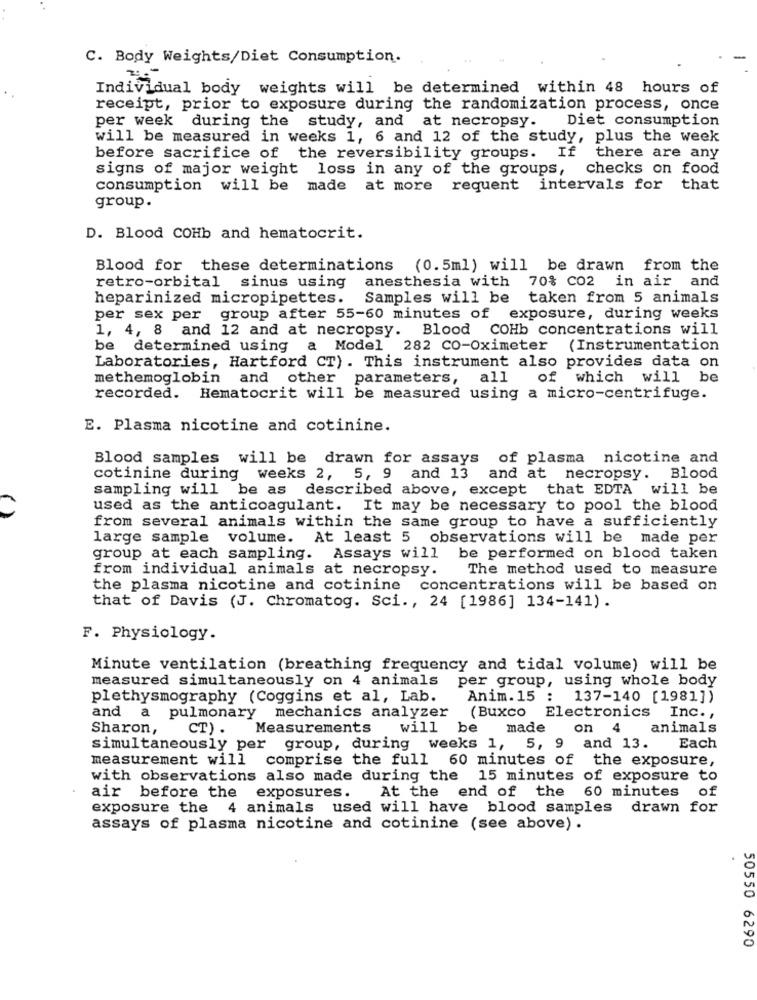
C. Body Weights/Diet Consumption.
Individual body weights will be determined within 48 hours of
receipt, prior to exposure during the randomization process, once
per week during the study, and at necropsy.
Diet consumption
will be measured in weeks 1, 6 and 12 of the study, plus the week
before sacrifice of the reversibility groups. If there are any
signs of major weight loss in any of the groups, checks on food
consumption will be made at more requent intervals for that
group.
D. Blood COHb and hematocrit.
Blood for these determinations (0.5ml) will be drawn from the
anesthesia with 70% Co2 in air and
retro-orbital sinus using
heparinized micropipettes.
Samples will be taken from 5 animals
per sex per group after 55-60 minutes of exposure, during weeks
1, 4, 8 and 12 and at necropsy.
Blood COHb concentrations will
be determined using a Model 282 CO-Oximeter (Instrumentation
Laboratories, Hartford CT) . This instrument also provides data on
methemoglobin and other parameters,
all
of which will be
recorded. Hematocrit will be measured using a micro-centrifuge.
E. Plasma nicotine and cotinine.
Blood samples will be drawn for assays of plasma nicotine and
cotinine during
weeks 2,
5, 9 and 13
and at necropsy.
Blood
sampling will be as described above, except that EDTA
will be
used as the anticoagulant.
It may be necessary to pool the blood
from several animals within the same group to have a sufficiently
large sample volume. At least 5 observations will be made per
group at each sampling. Assays will be performed on blood taken
from individual animals at necropsy.
The method used to measure
the plasma nicotine and cotinine
concentrations will be based on
that of Davis (J. Chromatog. Sci ., 24 [1986] 134-141).
F. Physiology.
Minute ventilation (breathing frequency and tidal volume) will be
measured simultaneously on 4 animals per group, using whole body
plethysmography (Coggins et al, Lab.
Anim. 15 : 137-140 [1981])
and a pulmonary mechanics analyzer
(Buxco Electronics Inc .,
Sharon,
CT).
Measurements will be
made on 4 animals
simultaneously per group, during weeks 1, 5, 9 and 13.
Each
measurement will comprise the full 60 minutes of the exposure,
with observations also made during the 15 minutes of exposure to
of
air before the exposures.
At the end of the 60 minutes
exposure the 4 animals used will have blood samples drawn for
assays of plasma nicotine and cotinine (see above) .
50550